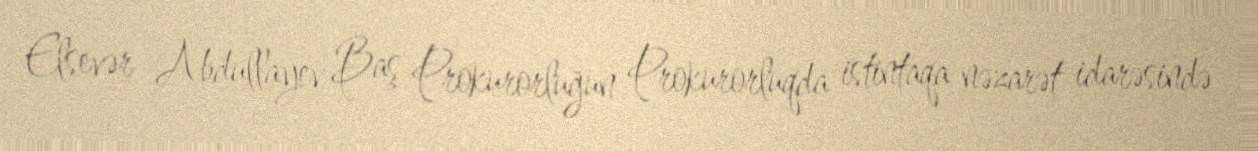
Elsevər Abdullayev Baş Prokurorluğun Prokurorluqda istintaqa nəzarət idarəsində